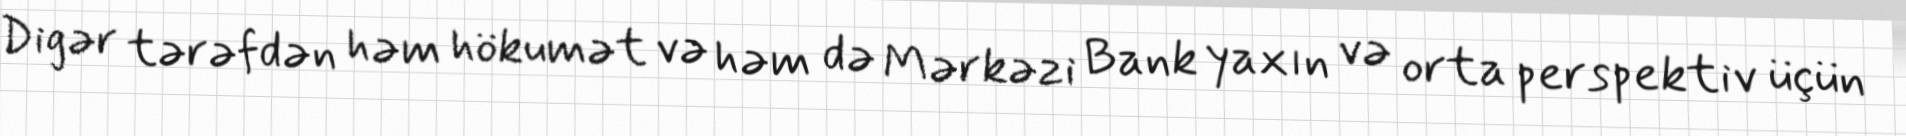
Digər tərəfdən həm hökumət və həm də Mərkəzi Bank yaxın və orta perspektiv üçün